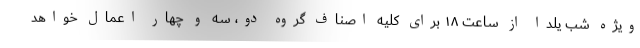
ویژه شب یلدا از ساعت ۱۸ برای کلیه اصناف گروه دو، سه و چهار اعمال خواهد